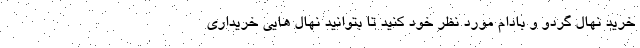
خرید نهال گردو و بادام مورد نظر خود کنید تا بتوانید نهال هایی خریداری